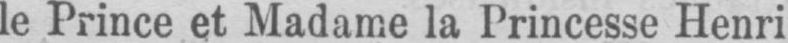
le Prince et Madame la Princesse Henri